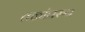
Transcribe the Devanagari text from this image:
तळांवरुन